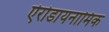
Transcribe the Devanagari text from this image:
ऐरोडायनामिक